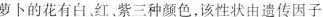
萝卜的花有白、红、紫三种颜色，该性状的遗传因子